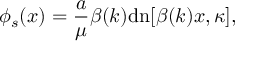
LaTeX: \phi _ { s } ( x ) = \frac { a } { \mu } \beta ( k ) \mathrm { d n } [ \beta ( k ) x , \kappa ] ,